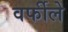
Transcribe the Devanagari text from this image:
वर्फीले